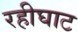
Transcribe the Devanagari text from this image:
रहीघाट